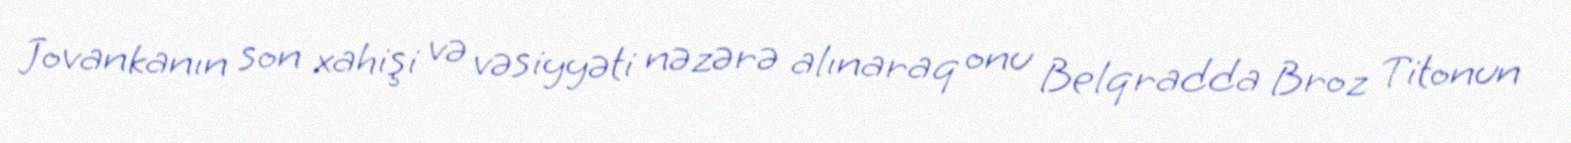
Jovankanın son xahişi və vəsiyyəti nəzərə alınaraq onu Belqradda Broz Titonun